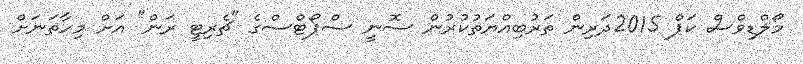
މޯލްޑިވްސް ކަޕް 2015ދަރިން ތަރުބިއްޔަތުކުރުން ސޮނީ ސްޕޯޓްސްގެ "ޗެރިޓީ ރަން" އަށް މިހާތަނަށް